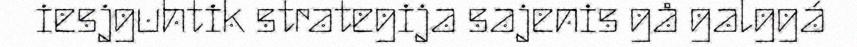
iesjguhtik strategija sajenis gå galggá